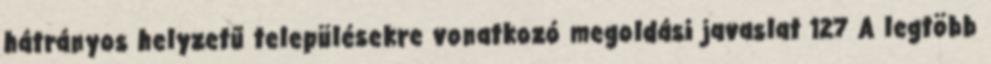
hátrányos helyzetű településekre vonatkozó megoldási javaslat 127 A legtöbb